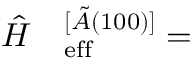
\begin{array} { r l } { \hat { H } } & { { } _ \mathrm { e f f } ^ { [ \tilde { A } ( 1 0 0 ) ] } = } \end{array}